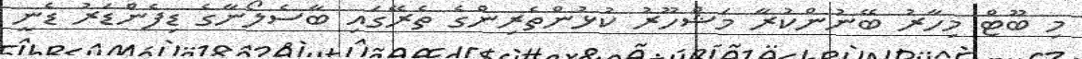
މި ބޫޓް މިހާރު ބޭނުންކުރާ މަޝްހޫރު ކުޅުންތެރިންގެ ތެރޭގައި ބާސެލޯނާގެ ޑިފެންޑަރު ޑެނީ